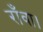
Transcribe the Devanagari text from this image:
राँवा।